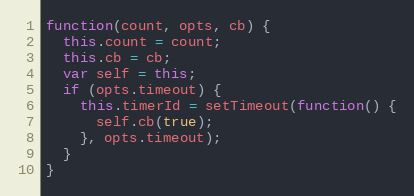
Language: JavaScript
function(count, opts, cb) {
  this.count = count;
  this.cb = cb;
  var self = this;
  if (opts.timeout) {
    this.timerId = setTimeout(function() {
      self.cb(true);
    }, opts.timeout);
  }
}